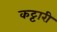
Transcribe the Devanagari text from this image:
कट्टारी